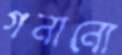
গনানো